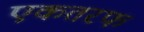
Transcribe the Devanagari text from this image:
एकतरफ